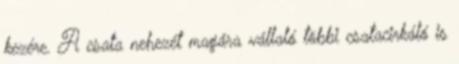
kezére. A csata nehezét magára vállaló többi csatacirkáló is